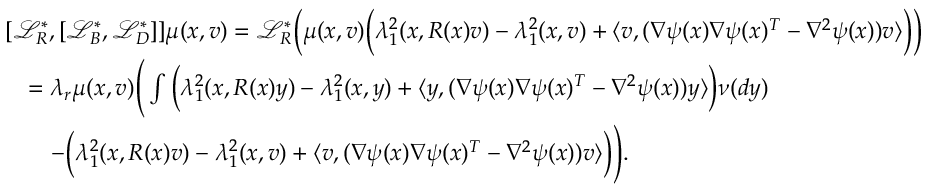
\begin{array} { r l } & { [ \mathcal { L } _ { R } ^ { * } , [ \mathcal { L } _ { B } ^ { * } , \mathcal { L } _ { D } ^ { * } ] ] \mu ( x , v ) = \mathcal { L } _ { R } ^ { * } \Big ( \mu ( x , v ) \Big ( \lambda _ { 1 } ^ { 2 } ( x , R ( x ) v ) - \lambda _ { 1 } ^ { 2 } ( x , v ) + \langle v , ( \nabla \psi ( x ) \nabla \psi ( x ) ^ { T } - \nabla ^ { 2 } \psi ( x ) ) v \rangle \Big ) \Big ) } \\ & { \quad = \lambda _ { r } \mu ( x , v ) \Bigg ( \int \Big ( \lambda _ { 1 } ^ { 2 } ( x , R ( x ) y ) - \lambda _ { 1 } ^ { 2 } ( x , y ) + \langle y , ( \nabla \psi ( x ) \nabla \psi ( x ) ^ { T } - \nabla ^ { 2 } \psi ( x ) ) y \rangle \Big ) \nu ( d y ) } \\ & { \qquad - \Big ( \lambda _ { 1 } ^ { 2 } ( x , R ( x ) v ) - \lambda _ { 1 } ^ { 2 } ( x , v ) + \langle v , ( \nabla \psi ( x ) \nabla \psi ( x ) ^ { T } - \nabla ^ { 2 } \psi ( x ) ) v \rangle \Big ) \Bigg ) . } \end{array}